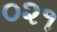
૦૨૧